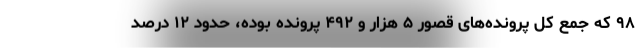
۹۸ که جمع کل پرونده‌های قصور ۵ هزار و ۴۹۲ پرونده بوده، حدود ۱۲ درصد